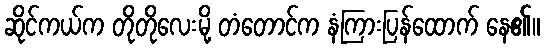
ဆိုင်ကယ်က တိုတိုလေးမို့ တံတောင်က နံကြားပြန်ထောက် နေ၏။